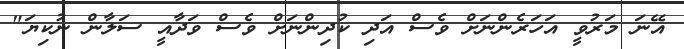
އޭނަ މަރުވީ އަހަރެންނަށް ވެސް އަދި ކުދިންނަށް ވެސް ވަދާއީ ސަލާން ނުކިޔަ"